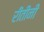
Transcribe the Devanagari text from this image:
रीतीनी